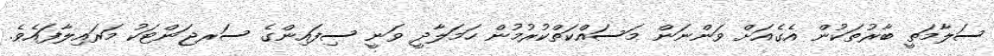
ސަލާމަތީ ބާރުތަކުން އެގެއަށް ވަންނަން މަސައްކަތްކުރުމުން ހަމަލާދީ ވަނީ ސިފައިންގެ ސަރޖަންޓަކު މަރައިލާފައެވެ.